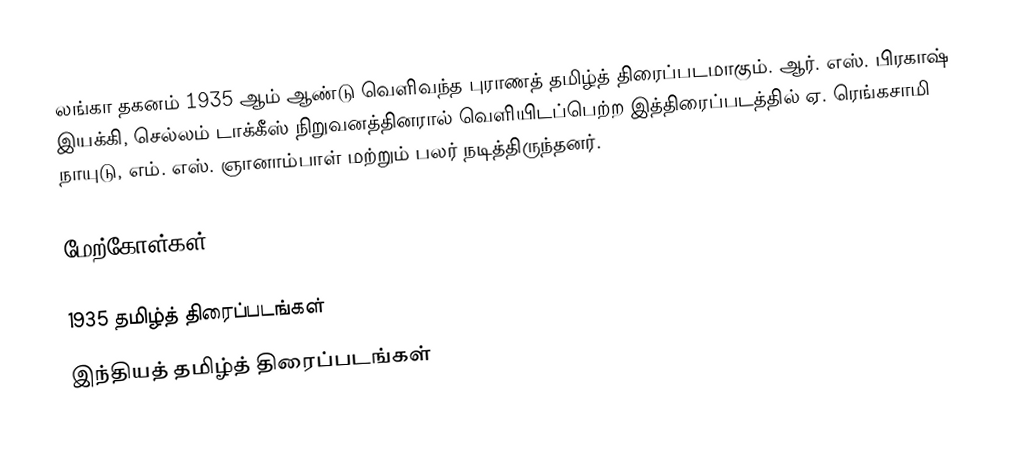
லங்கா தகனம் 1935 ஆம் ஆண்டு வெளிவந்த புராணத் தமிழ்த் திரைப்படமாகும். ஆர். எஸ். பிரகாஷ் இயக்கி, செல்லம் டாக்கீஸ் நிறுவனத்தினரால் வெளியிடப்பெற்ற  இத்திரைப்படத்தில் ஏ. ரெங்கசாமி நாயுடு, எம். எஸ். ஞானாம்பாள் மற்றும் பலர் நடித்திருந்தனர்.

மேற்கோள்கள்

1935 தமிழ்த் திரைப்படங்கள்
இந்தியத் தமிழ்த் திரைப்படங்கள்